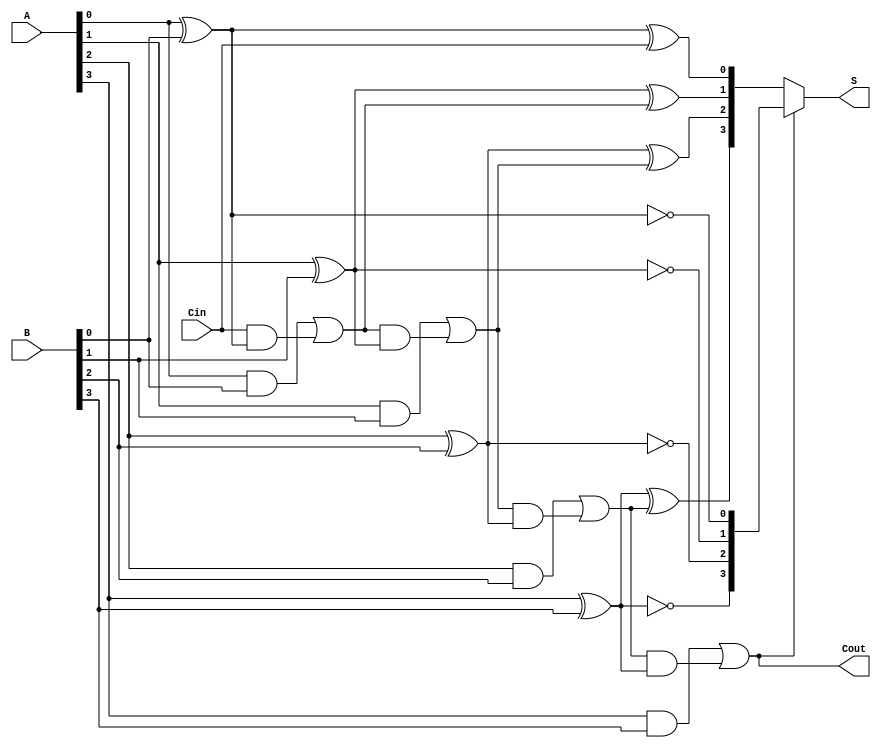
module conditional_sum_adder #(parameter n = 4) (
    input [n-1:0] A,      // n-bit input A
    input [n-1:0] B,      // n-bit input B
    input Cin,            // carry-in
    output [n-1:0] S,     // n-bit sum output
    output Cout           // carry-out
);

    wire [n:0] carry;     // Carry signals
    wire [n-1:0] S0, S1;  // Possible sums for each bit

    // Generate carry signals and sums
    genvar i;
    generate
        for (i = 0; i < n; i = i + 1) begin : CSA
            // Half Adder for the LSB
            if (i == 0) begin
                assign S0[i] = A[i] ^ B[i] ^ Cin; // S0 when no carry is propagated
                assign S1[i] = A[i] ^ B[i] ^ 1'b1; // S1 when carry is propagated
                assign carry[i+1] = (A[i] & B[i]) | (Cin & (A[i] ^ B[i])); // Carry out for LSB
            end else begin
                // Full Adder for subsequent bits
                assign S0[i] = A[i] ^ B[i] ^ carry[i]; // S0 for current bit
                assign S1[i] = A[i] ^ B[i] ^ (1'b1); // S1 for current bit
                assign carry[i+1] = (A[i] & B[i]) | (carry[i] & (A[i] ^ B[i])); // Carry out for current bit
            end
        end
    endgenerate

    // Select the correct sum based on carry signals
    assign S = carry[n] ? S1 : S0; // Select S1 if carry out is high, else S0
    assign Cout = carry[n]; // Final carry out

endmodule